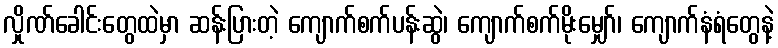
လှိုဏ်ခေါင်းတွေထဲမှာ ဆန်းပြားတဲ့ ကျောက်စက်ပန်းဆွဲ၊ ကျောက်စက်မိုးမျှော်၊ ကျောက်နံရံတွေနဲ့